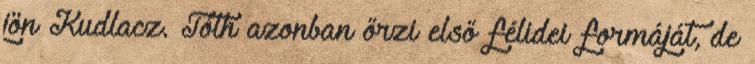
jön Kudlacz. Tóth azonban őrzi első félidei formáját, de